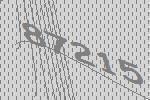
87215